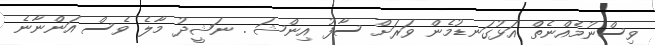
ވިސްނުމެއްނެތް އަޅުގަނޑުމެން ވަރަށް ސާފު އިންޝަ . ނަޝީދު މާލެ ވެސް އަންނާނެ